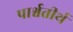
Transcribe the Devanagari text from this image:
पार्श्वतीर्थ